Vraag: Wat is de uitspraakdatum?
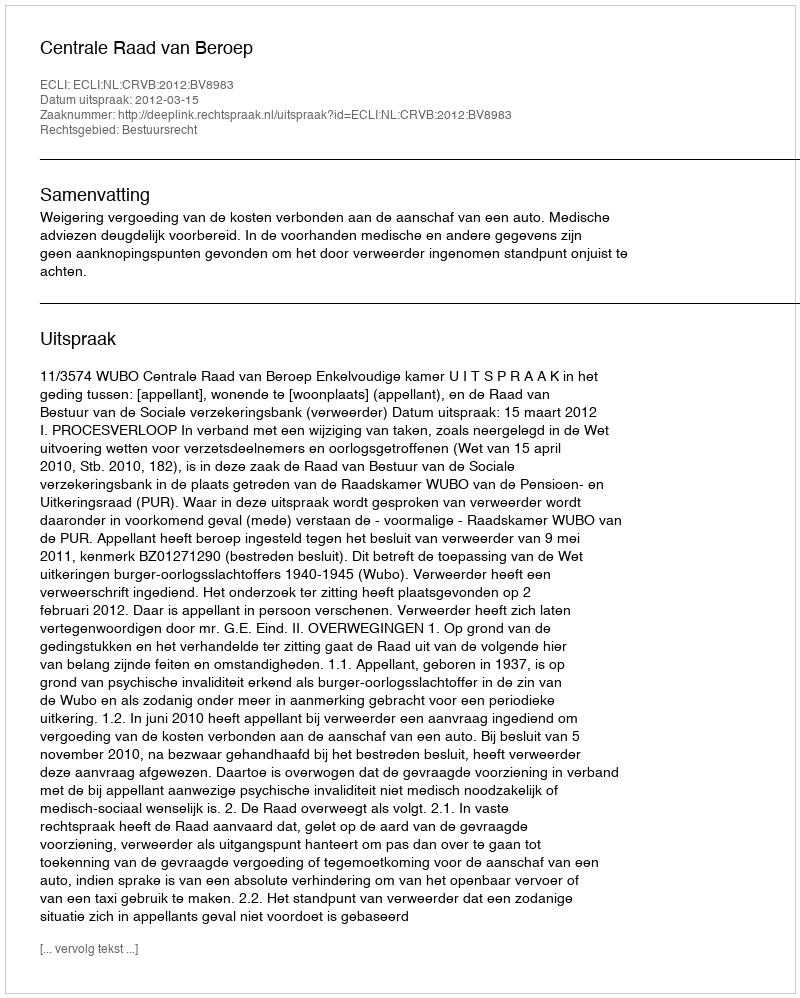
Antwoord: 2012-03-15